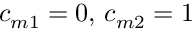
c _ { m 1 } = 0 , \, c _ { m 2 } = 1